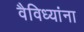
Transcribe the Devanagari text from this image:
वैविध्यांना